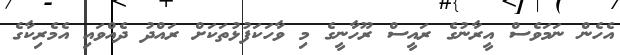
އެހެން ނަމަވެސް އީރާނުގެ ރައީސް ރޫހާނީގެ މި ވާހަކަފުޅުތަކަށް ރައްދު ދެއްވައި އެމެރިކާގެ